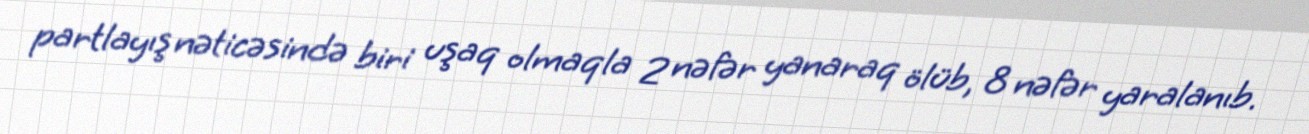
partlayış nəticəsində biri uşaq olmaqla 2 nəfər yanaraq ölüb, 8 nəfər yaralanıb.